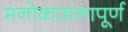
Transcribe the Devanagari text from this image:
मनोकामनापूर्ण